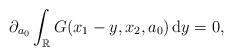
LaTeX: \begin{align*}\partial_{a_0} \int _{\mathbb{R}} G(x_1-y, x_2, a_0) \, \textrm{d}y = 0,\end{align*}